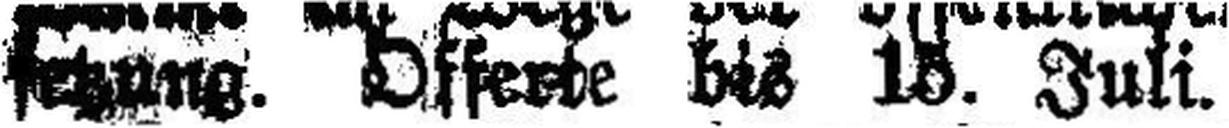
setzung. Offerte bis 15. Juli.